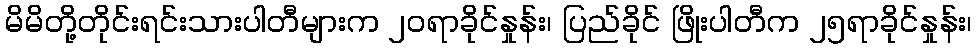
မိမိတို့တိုင်းရင်းသားပါတီများက ၂၀ရာခိုင်နှုန်း၊ ပြည်ခိုင် ဖြိုးပါတီက ၂၅ရာခိုင်နှုန်း၊